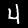
Digit: 4